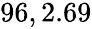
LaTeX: \! \! \! \! \! \! \! \! \! \! \! \! \! \! \! \! \! \overline{{\epsilon}}_{r}\! \! =\! \! \{ 1.96,2.69\} \! \! \!